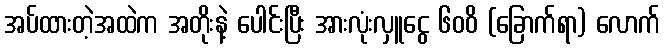
အပ်ထားတဲ့အထဲက အတိုးနဲ့ ပေါင်းပြီး အားလုံးလှူငွေ ၆၀၀ိ (ခြောက်ရာ) လောက်